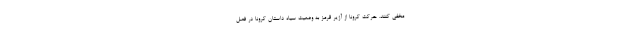
مخفی کنند. حرکت کرونا از آژیر قرمز به وضعیت سیاه داستان کرونا در فصل